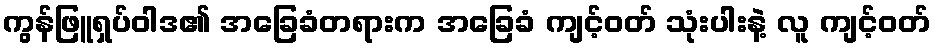
ကွန်ဖြူရှပ်ဝါဒ၏ အခြေခံတရားက အခြေခံ ကျင့်ဝတ် သုံးပါးနဲ့ လူ ကျင့်ဝတ်